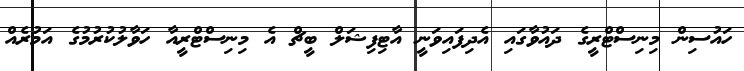
ހައުސިން މިނިސްޓްރީގެ ދައުވާގައި އެދިފައިވަނީ އާޓިފިޝަލް ބީޗް އެ މިނިސްޓްރީއާ ހަވާލުކުރުމުގެ އަމުރެއް